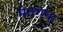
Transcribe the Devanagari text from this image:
मदगंधा